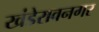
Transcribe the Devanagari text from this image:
खंडेरावनगर